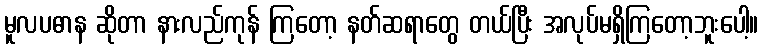
မူလပဓာန ဆိုတာ နားလည်ကုန် ကြတော့ နတ်ဆရာတွေ တယ်ပြီး အလုပ်မရှိကြတော့ဘူးပေါ့။